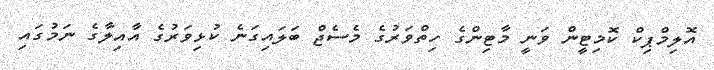
އޮލިމްޕިކް ކޮމިޓީން ވަނީ މާޓިންގެ ހިތްވަރުގެ މެސެޖް ބަލައިގަނެ ކުޅިވަރުގެ އާއިލާގެ ނަމުގައި